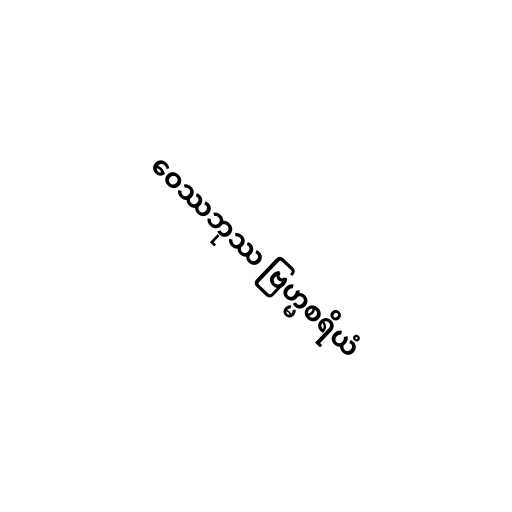
ဝေဿဘုဿ ဗြဟ္မစရိယံ